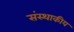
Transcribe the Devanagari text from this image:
संस्थाकीय